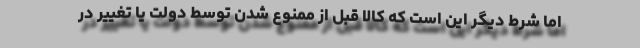
اما شرط دیگر این است که کالا قبل از ممنوع شدن توسط دولت یا تغییر در